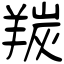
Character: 羰